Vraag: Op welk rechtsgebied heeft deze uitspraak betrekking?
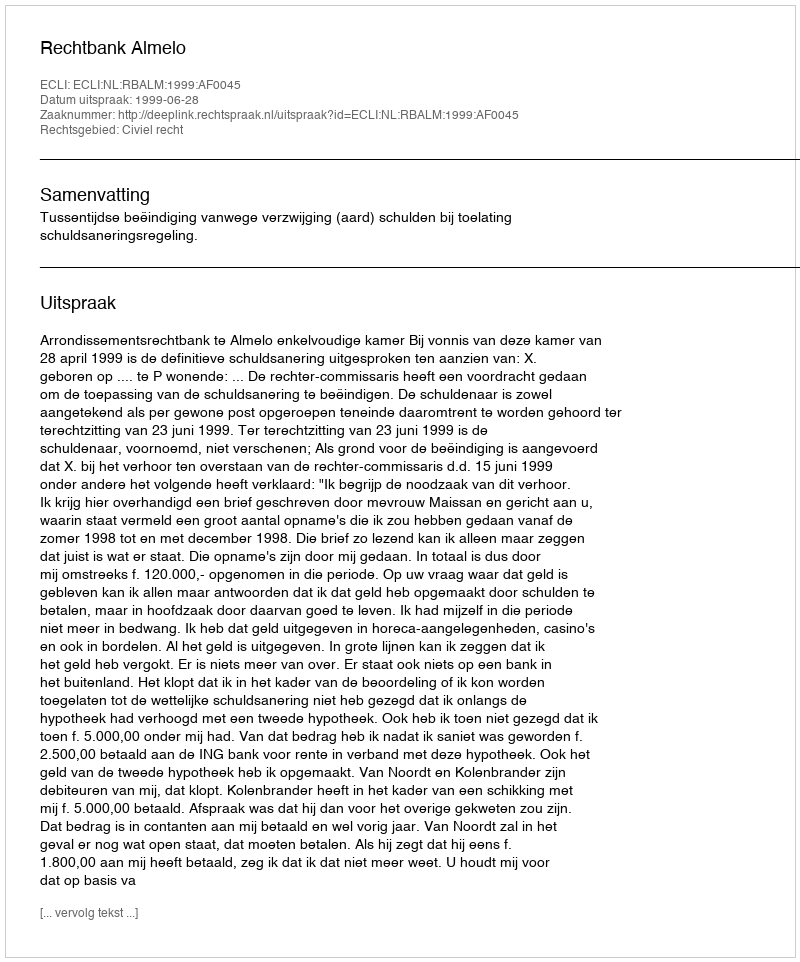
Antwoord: Civiel recht